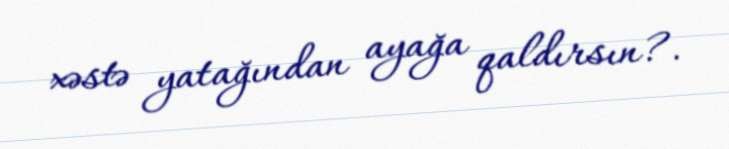
xəstə yatağından ayağa qaldırsın?.